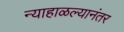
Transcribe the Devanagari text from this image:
न्याहाळल्यानंतर